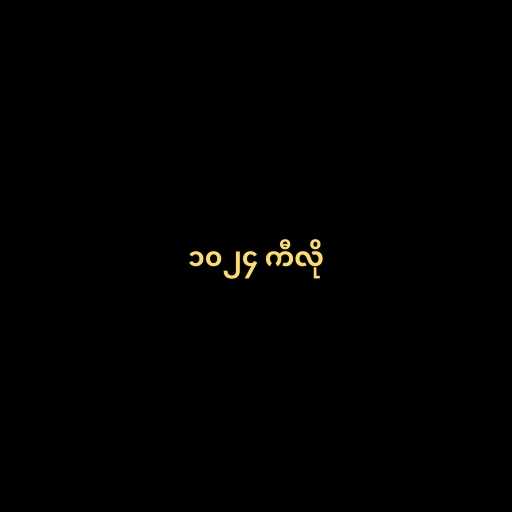
၁၀၂၄ ကီလို